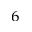
^ 6